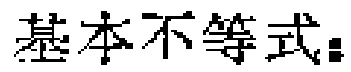
基本不等式：